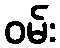
ဝမ်း